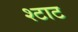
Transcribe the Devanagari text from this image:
श्टाट